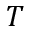
T